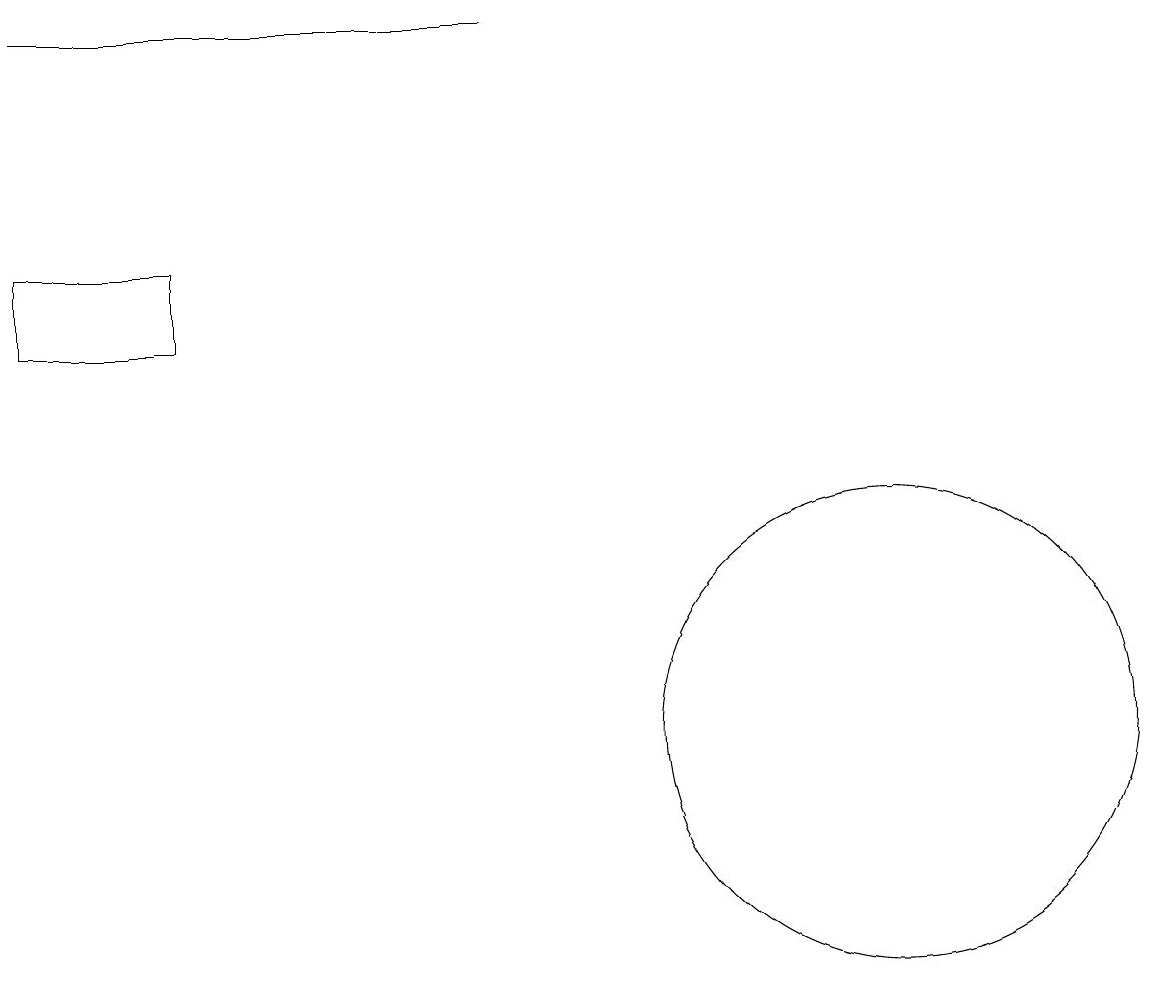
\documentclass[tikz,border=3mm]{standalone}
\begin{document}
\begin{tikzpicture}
\draw (0,16) rectangle (2,15);
\draw (11,10) circle (3);
\draw (0,19) rectangle (6,19);
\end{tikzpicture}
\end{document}